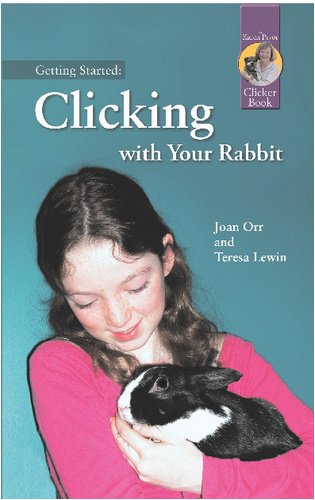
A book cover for Getting Started: Clicking with Your Rabbit; Joan Orr; Crafts, Hobbies & Home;